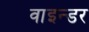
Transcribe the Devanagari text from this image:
वाइन्डर